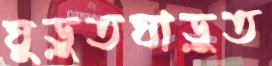
ঘুড়ুতঘাড়ুত